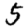
Digit: 5